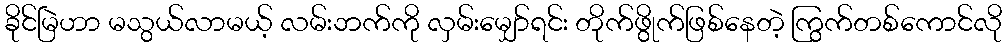
ခိုင်မြဲဟာ မသွယ်လာမယ့် လမ်းဘက်ကို လှမ်းမျှော်ရင်း တိုက်ဖွိုက်ဖြစ်နေတဲ့ ကြွက်တစ်ကောင်လို